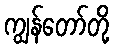
ကျွန်တော်တို့